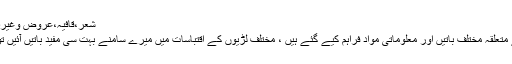
شعر،قافیہ،عروض وغیرہ سے متعلق متفرق معلومات | اردو محفل فورم
اس لڑی میں شعر ، قافیہ ، عروض اور ان سے متعلقہ مختلف باتیں اور معلوماتی مواد فراہم کیے گئے ہیں ، مختلف لڑیوں کے اقتباسات میں میرے سامنے بہت سی مفید باتیں آئیں تو سوچا ان سب کو ایک لڑی میں پرو دیا جائے۔